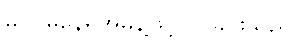
မဝင်မနေရအမိန့်ဖြင့် ဝင်ခိုင်းသည်။